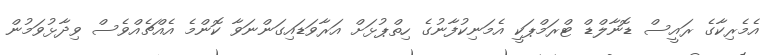
އެމެރިކާގެ ރައީސް ޑޮނާލްޑް ޓްރަމްޕަކީ އެމަނިކުފާނުގެ ހިތްޕުޅަށް އަރާވަޑައިގަންނަވާ ކޮންމެ އެއްޗެއްވެސް ވިދާޅުވަމުން